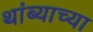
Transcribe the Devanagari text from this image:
थांब्याच्या